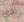
لدي